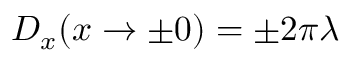
D _ { x } ( x \to \pm 0 ) = \pm 2 \pi \lambda